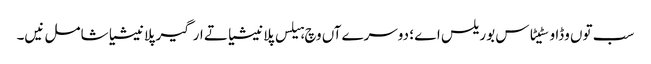
سب تو‏ں وڈا وسٹیٹاس بوریلس اے ؛ دوسرےآں وچ ہیلس پلانیشیا تے ارگیر پلانیشیا شامل نیں۔